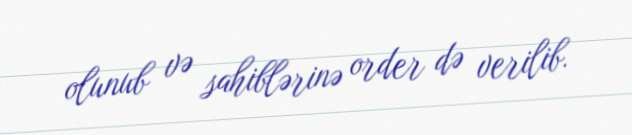
olunub və sahiblərinə order də verilib.